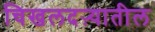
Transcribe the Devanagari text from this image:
चिखलदऱ्यातील